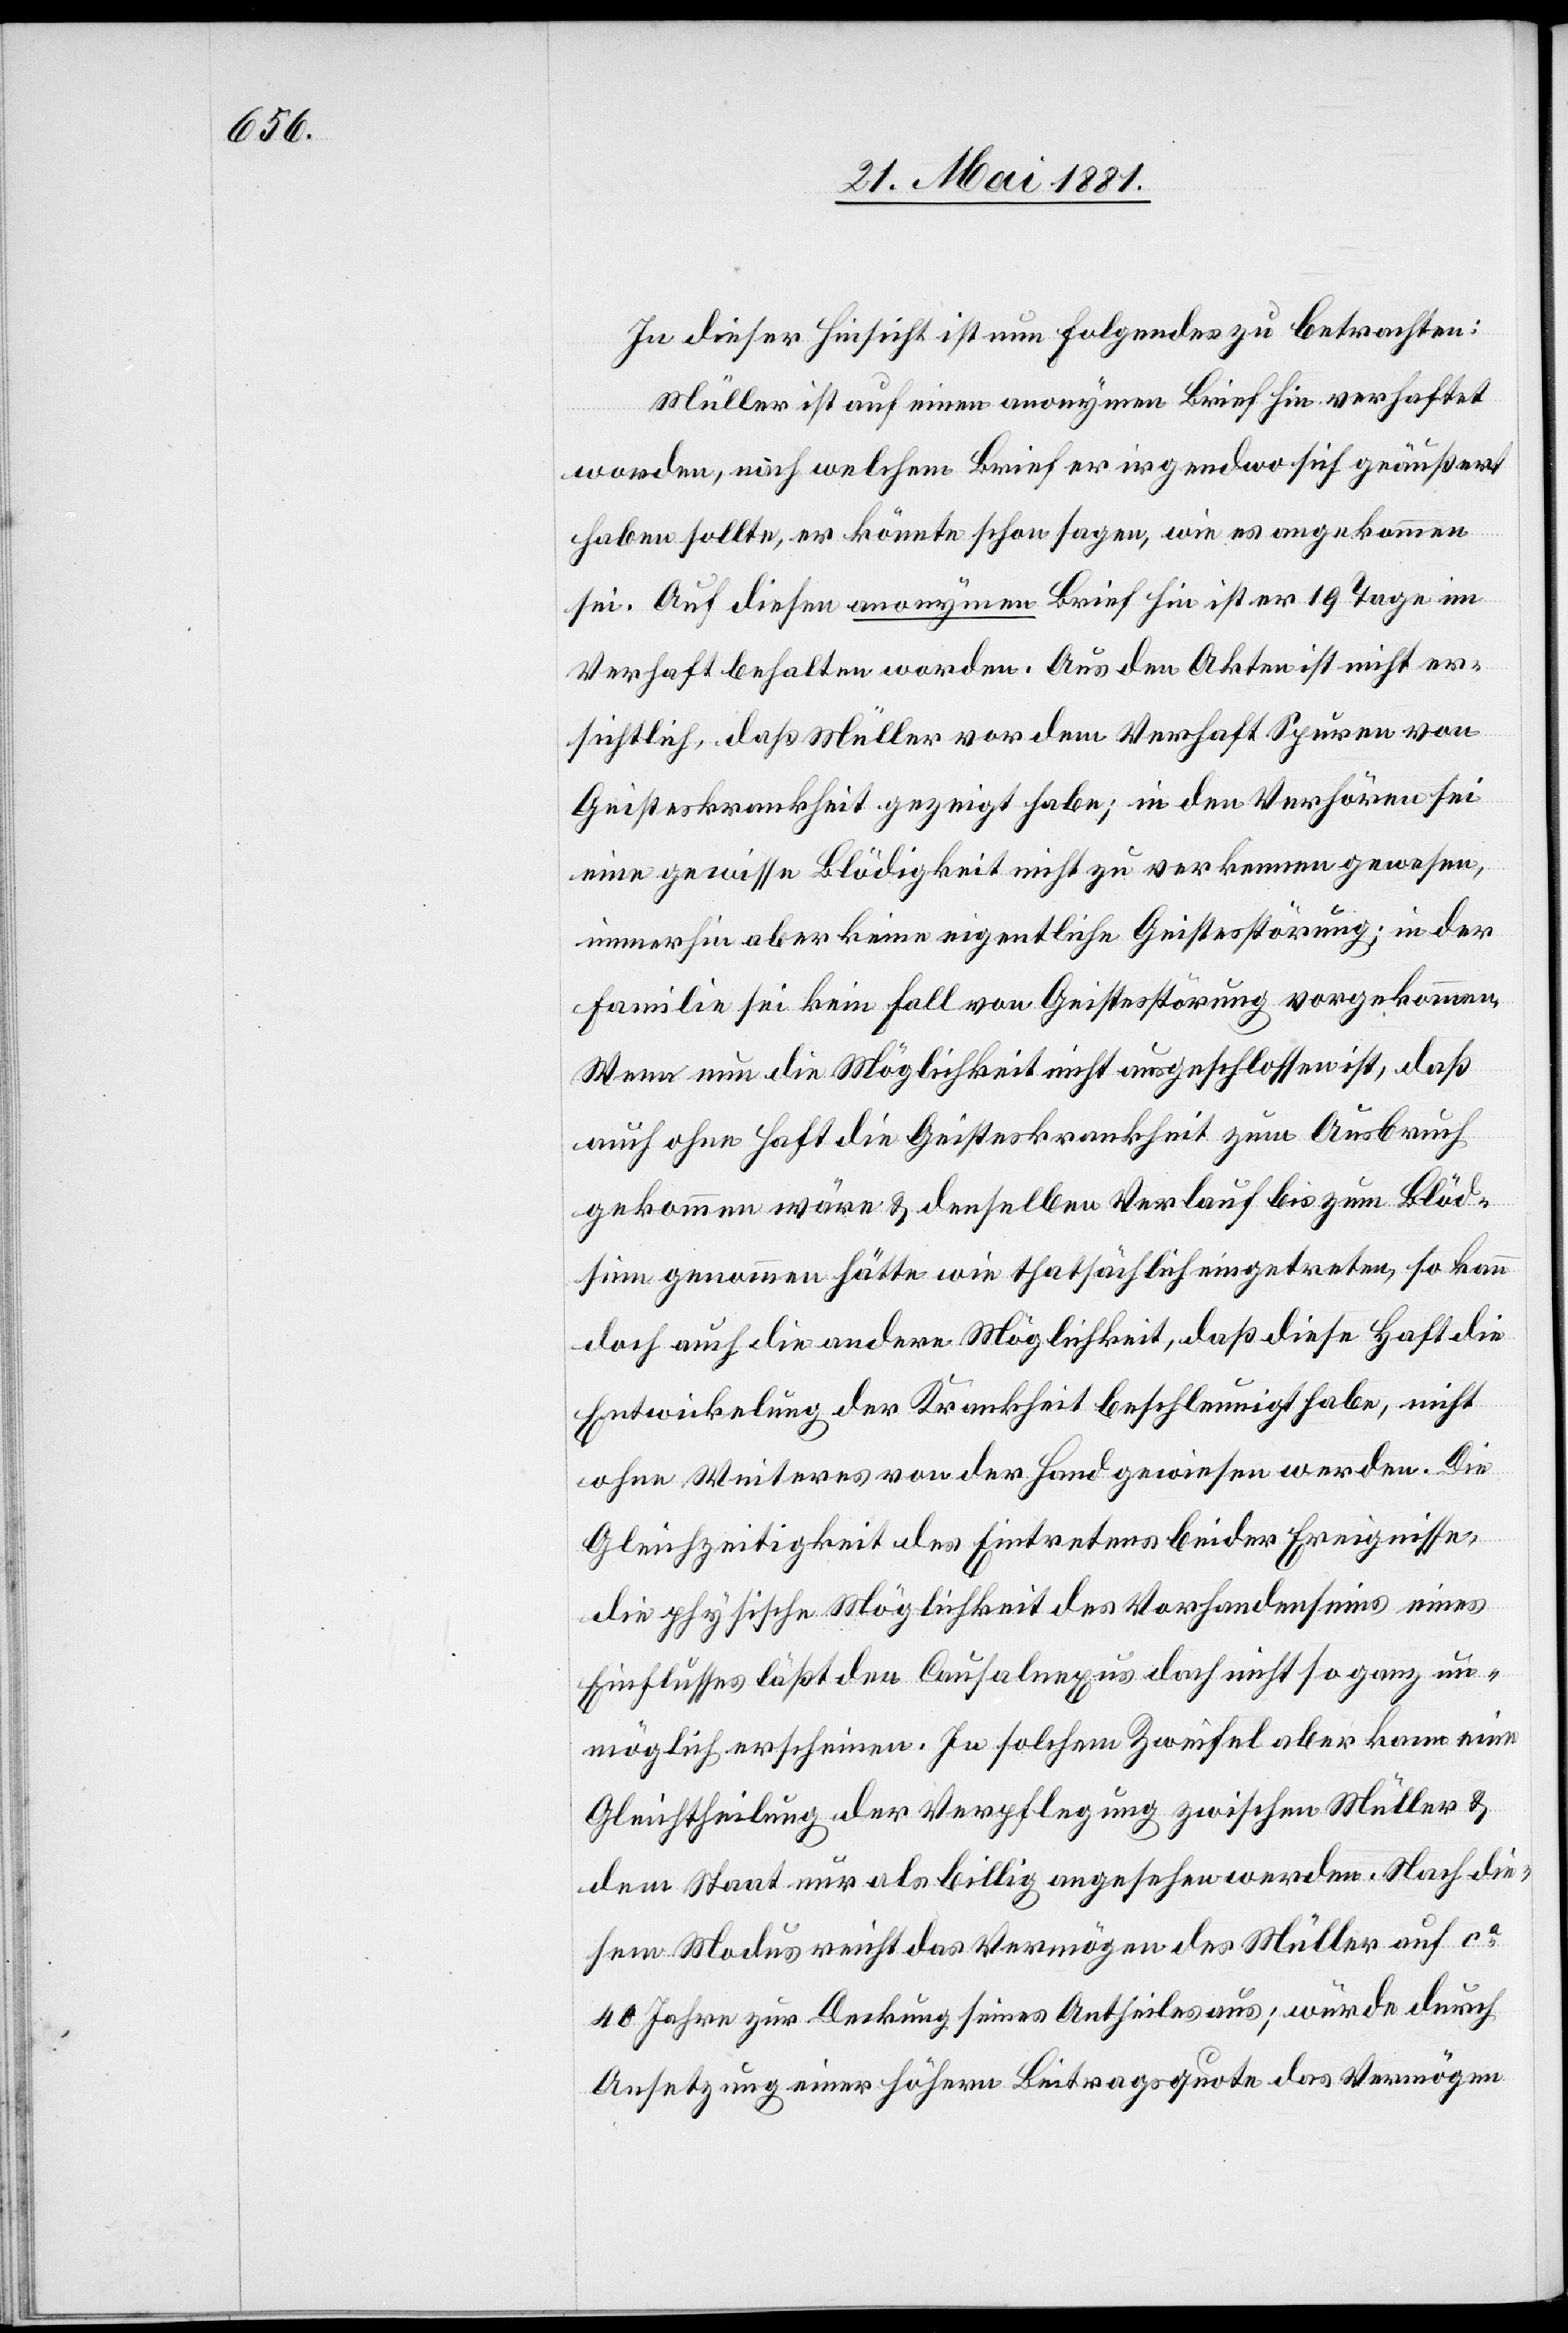
In dieser Hinsicht ist nun folgendes zu betrachten:
Müller ist auf einen anonymen Brief hin verhaftet
worden, nach welchem Brief er irgendwo sich geäußert
haben sollte, er könnte schon sagen, wie es angekommen
sei. Auf diesen anonymen Brief hin ist er 19 Tage im
Verhaft behalten worden. Aus den Akten ist nicht er¬
sichtlich, daß Müller vor dem Verhaft Spuren von
Geisteskrankheit gezeigt habe; in den Verhören sei
eine gewisse Blödigkeit nicht zu verkennen gewesen,
immerhin aber keine eigentliche Geistesstörung; in der
Familie sei kein Fall von Geistesstörung vorgekommen.
Wenn nun die Möglichkeit nicht ausgeschlossen ist, daß
auch ohne Haft die Geisteskrankheit zum Ausbruch
gekommen wäre & denselben Verlauf bis zum Blöd¬
sinn genommen hätte wie thathsächlich eingetreten, so kann
doch auch die andere Möglichkeit, daß diese Haft die
Entwickelung der Krankheit beschleunigt habe, nicht
ohne Weiteres von der Hand gewiesen werden. Die
Gleichzeitigkeit des Eintretens beider Ereignisse
die physische Möglichkeit des Vorhandenseins eines
Einflusses läßt den Causalnexus doch nicht so ganz un¬
möglich erscheinen. In solchem Zweifel aber kann eine
Gleichtheilung der Verpflegung zwischen Müller &
dem Staat nur als billig angesehen werden. Nach die¬
sem Modus reicht das Vermögen des Müller auf ca
40 Jahre zur Deckung seines Antheiles aus; würde durch
Ansetzung einer höhern Beitragsquote das Vermögen